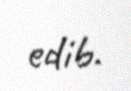
edib.